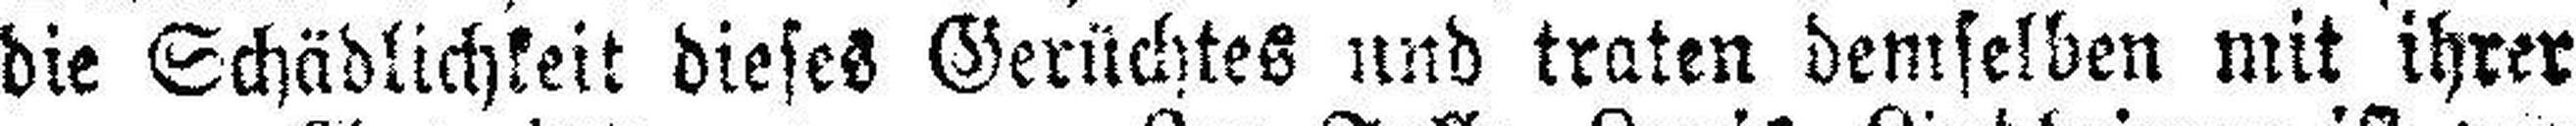
die Schädlichkeit dieses Gerüchtes und traten demselben mit ihrer